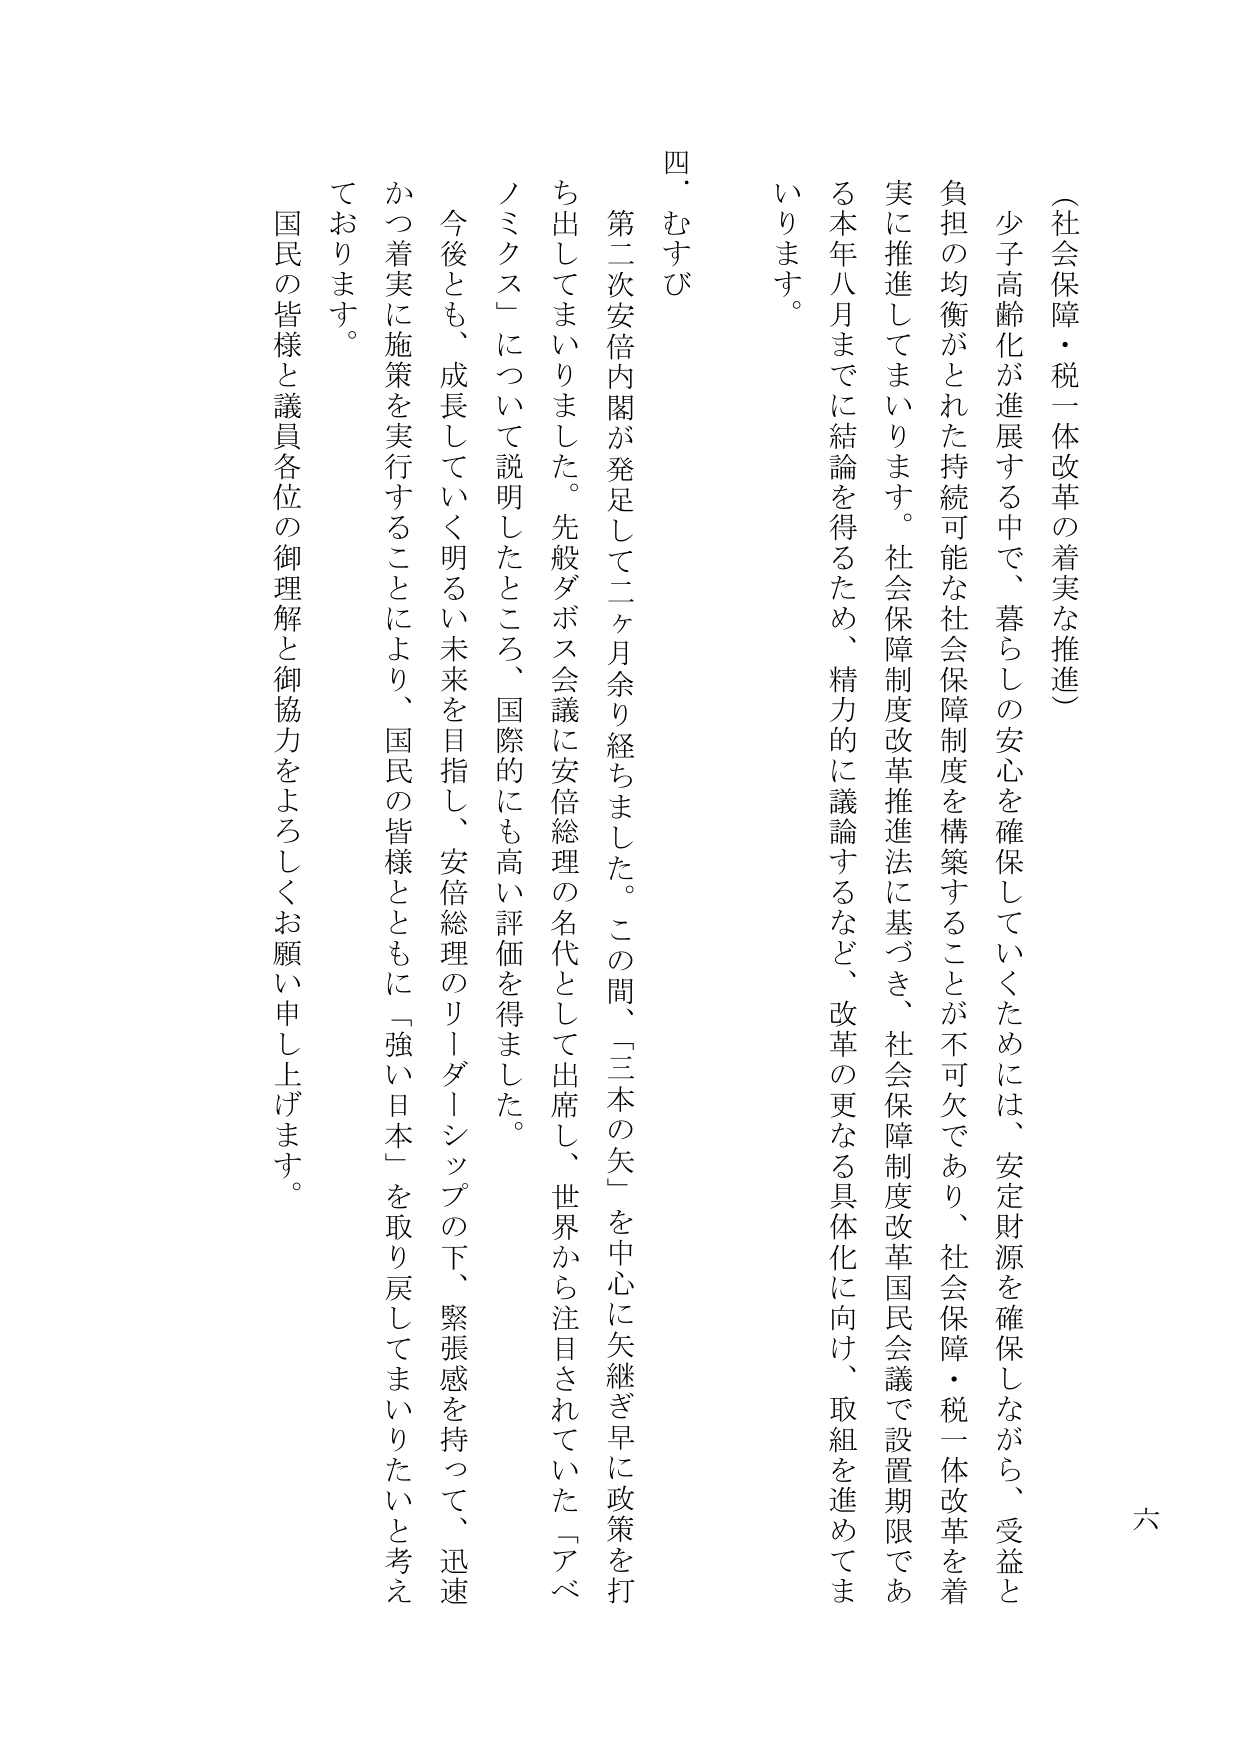
（社会保障・税一体改革の着実な推進）

少子高齢化が進展する中で、暮らしの安心を確保していくためには、安定財源を確保しながら、受益と負担の均衡がとれた持続可能な社会保障制度を構築することが不可欠であり、社会保障・税一体改革を着実に推進してまいります。社会保障制度改革推進法に基づき、社会保障制度改革国民会議で設置期限である本年八月までに結論を得るため、精力的に議論するなど、改革の更なる具体化に向け、取組を進めてまいります。

四・むすび

第二次安倍内閣が発足して二ヶ月余り経ちました。この間、「三本の矢」を中心に矢継ぎ早に政策を打ち出してまいりました。先般ダボス会議に安倍総理の名代として出席し、世界から注目されていた「アベノミクス」について説明したところ、国際的にも高い評価を得ました。

今後とも、成長していく明るい未来を目指し、安倍総理のリーダーシップの下、緊張感を持って、迅速かつ着実に施策を実行することにより、国民の皆様とともに「強い日本」を取り戻してまいりたいと考えております。

国民の皆様と議員各位の御理解と御協力をよろしくお願い申し上げます。

六